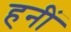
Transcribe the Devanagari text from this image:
हनीं